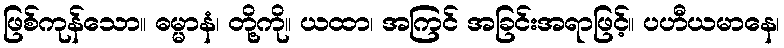
ဖြစ်ကုန်သော။ ဓမ္မာနံ၊ တို့ကို။ ယထာ၊ အကြင် အခြင်းအရာဖြင့်။ ပဟီယမာနေ၊